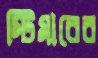
স্টিমারের